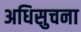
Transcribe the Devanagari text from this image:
अधिसुचना